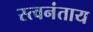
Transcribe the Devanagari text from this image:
स्त्वनंताय